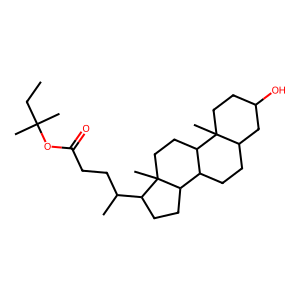
SMILES: CCC(C)(C)OC(=O)CCC(C)C1CCC2C3CCC4CC(O)CCC4(C)C3CCC12C
Inhibits HIV replication: No